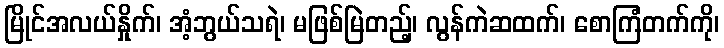
မြိုင်အလယ်နှိုက်၊ အံ့ဘွယ်သရဲ၊ မဖြစ်မြဲတည့်၊ လွန်ကဲဆထက်၊ စောကြံတက်ကို၊